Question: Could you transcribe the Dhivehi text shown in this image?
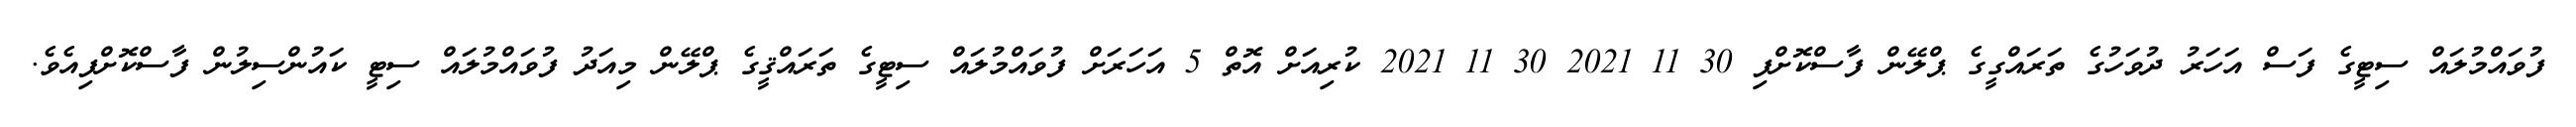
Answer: ފުވައްމުލައް ސިޓީގެ ފަސް އަހަރު ދުވަހުގެ ތަރައްގީގެ ޕްލޭން ފާސްކޮށްފި 30 11 2021 30 11 2021 ކުރިއަށް އޮތް 5 އަހަރަށް ފުވައްމުލައް ސިޓީގެ ތަރައްޤީގެ ޕްލޭން މިއަދު ފުވައްމުލައް ސިޓީ ކައުންސިލުން ފާސްކޮށްފިއެވެ.